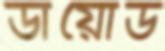
ডায়োড